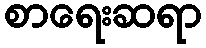
စာရေးဆရာ